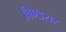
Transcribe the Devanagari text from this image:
विण्डसर